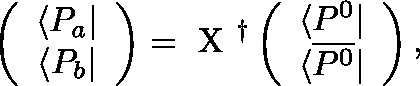
\left( \begin{array} { c } { { \langle P _ { a } | } } \\ { { \langle P _ { b } | } } \end{array} \right) = \mathrm { \boldmath ~ X ~ } ^ { \dagger } \left( \begin{array} { c } { { \langle P ^ { 0 } | } } \\ { { \langle \overline { { { P ^ { 0 } } } } | } } \end{array} \right) ,